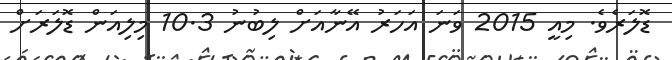
ޑޮލަރެވެ. މިއީ 2015 ވަނަ އަހަރު އޭނާއަށް ލިބުނު 10.3 މިލިއަން ޑޮލަރަށް